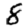
Digit: 8